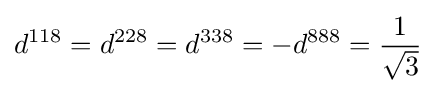
d^{118}=d^{228}=d^{338}=-d^{888}={\frac {1}{\sqrt {3}}}